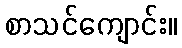
စာသင်ကျောင်း။